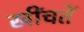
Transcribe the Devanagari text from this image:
खींचतें